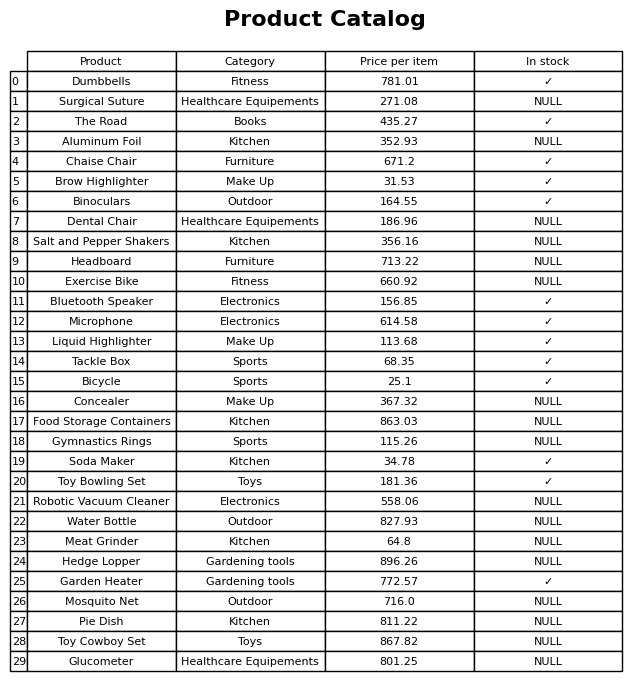
question: What is the price of the Glucometer?
answer: The price of Glucometer is 801.25.